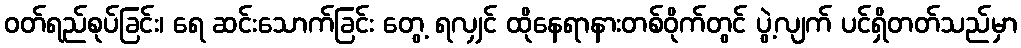
ဝတ်ရည်စုပ်ခြင်း၊ ရေ ဆင်းသောက်ခြင်း တွေ့ ရလျှင် ထိုနေရာနားတစ်ဝိုက်တွင် ပွဲ့လျက် ပင်ရှိတတ်သည်မှာ